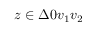
{ z \in \Delta 0 v _ { 1 } v _ { 2 } }